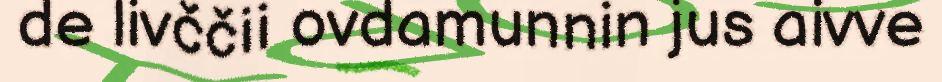
de livččii ovdamunnin jus aivve